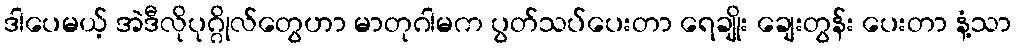
ဒါပေမယ့် အဲဒီလိုပုဂ္ဂိုလ်တွေဟာ မာတုဂါမက ပွတ်သပ်ပေးတာ ရေချိုး ချေးတွန်း ပေးတာ နံ့သာ